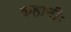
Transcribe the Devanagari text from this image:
कहानीः